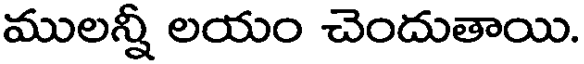
ములన్నీ లయం చెందుతాయి.